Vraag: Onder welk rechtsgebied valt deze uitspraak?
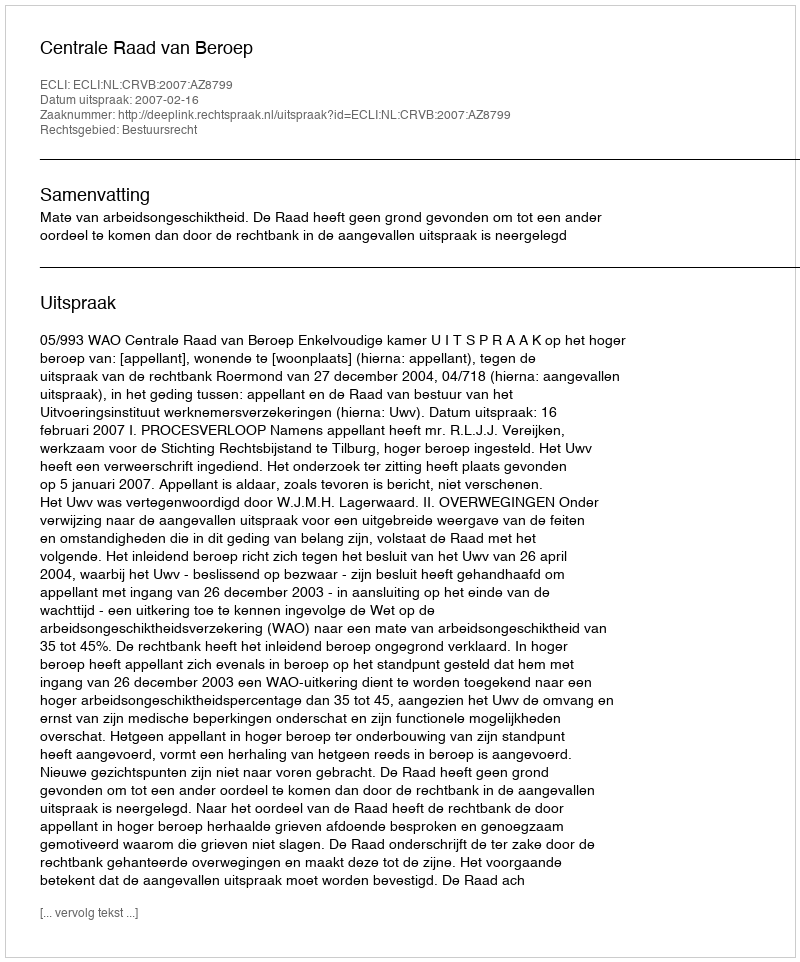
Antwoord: Bestuursrecht